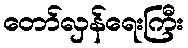
တော်လှန်ရေးကြီး